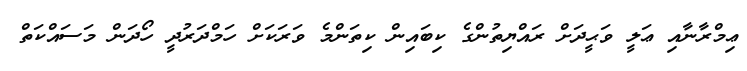
ޢިމްރާނާއި ޢަލީ ވަޙީދަށް ރައްޔިތުންގެ ކިބައިން ކިތަންމެ ވަރަކަށް ހަމްދަރުދީ ހޯދަން މަސައްކަތް